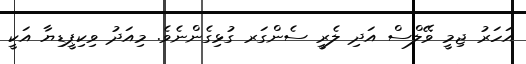
އަހަރު ޖިމީ ވޭލްސް އަދި ލެރީ ސެންގަރ ގުޅިގެންނެވެ. މިއަދު ވިކިޕީޑިޔާ އަކީ